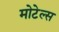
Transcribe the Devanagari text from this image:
मोटेल्स